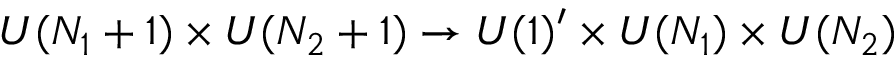
U ( N _ { 1 } + 1 ) \times U ( N _ { 2 } + 1 ) \rightarrow U ( 1 ) ^ { \prime } \times U ( N _ { 1 } ) \times U ( N _ { 2 } )